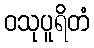
ဝသုပူရိတံ